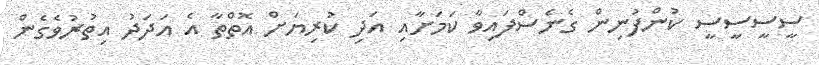
ސީސީސީސީ ކުންފުނިން ގެނެސްފައިވާ ކަމަށާއި އަދި ކުރިޔަށް އޮތްތާ އެ އަދަދު އިތުރުވެގެން